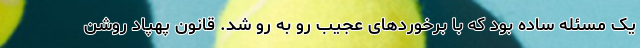
یک مسئله ساده بود که با برخوردهای عجیب رو به رو شد. قانون پهپاد روشن